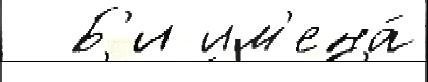
  Б'и им'ена́